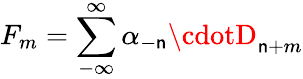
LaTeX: F_{m}=\sum_{-\infty}^{\infty}\alpha_{-\mathsf{n}}\cdotD_{\mathsf{n}+m}